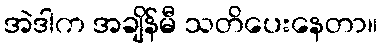
အဲဒါက အချိန်မီ သတိပေးနေတာ။